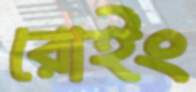
রোইং